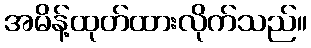
အမိန့်ထုတ်ထားလိုက်သည်။